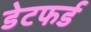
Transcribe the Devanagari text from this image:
डेटफर्ड